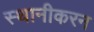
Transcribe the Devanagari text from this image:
स्थानीकरन